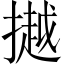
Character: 𢵼